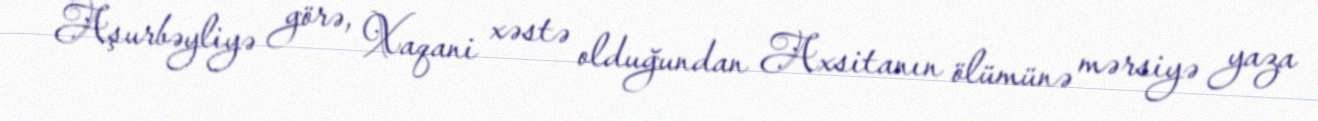
Aşurbəyliyə görə, Xaqani xəstə olduğundan Axsitanın ölümünə mərsiyə yaza